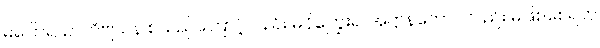
မပြောရ၊ ဉာတိဗျသန စသည်ကြောင့်လည်း မငိုကြွေးရ၊ အဋ္ဌာနကောပလည်း မဖြစ်စေရဟု